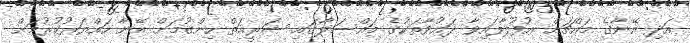
އަދި އޭނާގެ މައްޗަށް އުފުލާފައިވާ ދައުވާތަކުގެ މައްސަލާގައި ޝަރީއަތް ހިންގުމަށް އޭނާ ހައްޔަރުކުރުމަށް